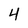
Character: 4